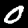
Digit: 0